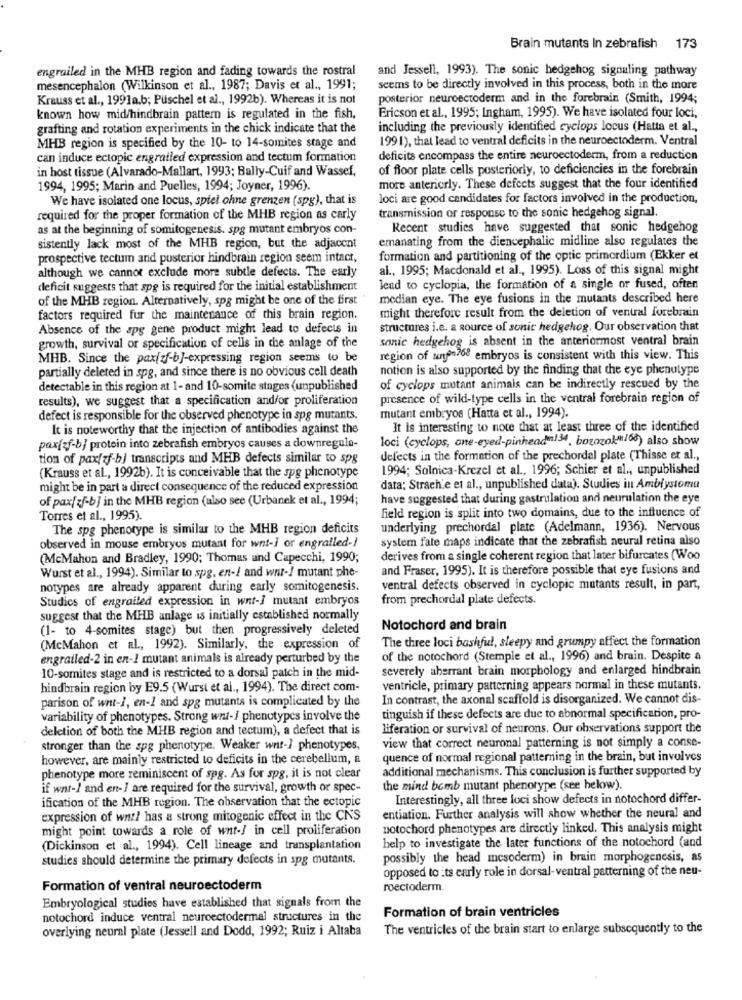
Brain mutants In zebrafish 173
engrailed in the MHB region and fading towards the rostral
and Jessell, 1993). The sonic hedgehog signaling pathway
mesencephalon (Wilkinson et al ., 1987; Davis et al ., 1991;
seems to be directly involved in this process, both in the more
Krauss et al ., 1991a.b; Puschel et al ., 1992b). Whereas it is not
posterior neuroectoderm and in the forebrain (Smith, 1994;
known how mid/hindbrain pattern is regulated in the fish,
Ericson et al ., 1995; Ingham, 1995). We have isolated four loci,
grafting and rotation experiments in the chick indicate that the
including the previously identified cyclops locus (Hatta et al .,
1991), that lead to ventral deficits in the neuroectoderm. Ventral
MHB region is specified by the 10- to 14-somites stage and
can induce ectopic engratled expression and tectum formation
deficits encompass the entire neuroectoderm, from a reduction
in host tissue (Alvarado-Mallart, 1993; Bally-Cuif and Wassef,
of floor plate cells posteriorly, to deficiencies in the forebrain
1994, 1995; Marin and Puelles, 1994; Joyner, 1996).
more anteriorly. These defects suggest that the four identified
We have isolated one locus, spiel ohne grenzen (spg), that is
loci are good candidates for factors involved in the production,
transmission or response to the sonic hedgehog signal.
required for the proper formation of the MHB region as carly
as at the beginning of somitogenesis. spg mutant embryos con-
Recent studies have suggested that sonic hedgehog
emanating from the diencephalic midline also regulates the
sistently lack most of the MHB region, but the adjacent
prospective tectum and posterior hindbrain region seem intact,
formation and partitioning of the optic primordium (Ekker et
although we cannot exclude more subtle defects. The early
al ., 1995; Macdonald et al ., 1995). Loss of this signal might
deficit suggests that spe is required for the initial establishment
lead to cyclopia, the formation of a single or fused, often
of the MHB region. Alternatively, spg might be one of the first
median eye. The eye fusions in the mutants described here
might therefore result from the deletion of ventral forebrain
factors required fur the maintenance of this brain region.
Absence of the apg gene product might lead to defects in
structures i.e. a source of sonic hedgehog. Our observation that
growth, survival or specification of cells in the anlage of the
sonic hedgehog is absent in the anteriormost ventral brain
MHB. Since the pax/f-b]-expressing region seems to be
region of tunyfn768 embryos is consistent with this view. This
partially deleted in spg, and since there is no obvious cell death
notion is also supported by the finding that the eye phenotype
detectable in this region at 1-and 10-somite stages (unpublished
of cyclops mutant animals can be indirectly rescued by the
results), we suggest that a specification and/or proliferation
presence of wild-type cells in the ventral forebrain region of
defect is responsible for the observed phenotype in spg mutants.
mutant embryos (Hatta et al ., 1994).
It is noteworthy that the injection of antibodies against the
It is interesting to note that at least three of the identified
loci (cyclops, one-eyed-pinheadm!"4, bozozok"/66) also show
pax(zf-b/ protein into zebrafish embryos causes a downregula-
tion of pax/zf-b) transcripts and MHB defects similar to spg
defects in the formation of the prechordal plate (Thisse et al .,
1994; Solnica-Krezel et al ., 1996; Schier et al ., unpublished
(Krauss et al ., 1992b). It is conceivable that the spg phenotype
might be in part a direct consequence of the reduced expression
data: Strach e et al ., unpublished data). Studies in Amblystoma
of pax[zf-b] in the MHB region (also see (Urbanek et al ., 1994;
have suggested that during gastrulation and neurulation the eye
Torres et al ., 1995).
field region is split into two domains, due to the influence of
The spg phenotype is similar to the MHB region deficits
underlying prechordal plate (Adelmann, 1936). Nervous
observed in mouse embryos mutant for wnt-I or engralled -!
system fate maps indicate that the zebrafish neural retina also
(McMahon and Bradley, 1990; Thomas and Capecchi, 1990;
derives from a single coherent region that later bifurcates (Woo
and Fraser, 1995). It is therefore possible that eye fusions and
Wurst et al ., 1994). Similar to spg. en -! and war -! mutant phe-
notypes are already apparent during early somitogenesis.
ventral defects observed in cyclopic mutants result, in part,
Studies of engrailed expression in wnt- mutant embryos
from prechordal plate defects.
suggest that the MHB anlage is initially established normally
(1- to 4-somites stage) but then progressively deleted
Notochord and brain
The three loci bashful, sleepy and grumpy affect the formation
(McMahon et al ., 1992). Similarly, the expression of
engrailed-2 in en -! mutant animals is already perturbed by the
of the notochord (Stemple et al ., 1996) and brain. Despite a
severely aberrant brain morphology and enlarged hindbrain
10-somites stage and is restricted to a dorsal patch in the mid-
hindbrain region by E9.5 (Wurst et al ., 1994). The direct com-
ventricle, primary patterning appears normal in these mutants.
parison of wnt-I, en-1 and spg mutants is complicated by the
In contrast, the axonal scaffold is disorganized. We cannot dis-
variability of phenotypes. Strong wn-/ phenotypes involve the
tinguish if these defects are due to abnormal specification, pro-
deletion of both the MHB region and tectum), a defect that is
liferation or survival of neurons. Our observations support the
view that correct neuronal patterning is not simply a conse-
stronger than the spg phenotype. Weaker wnt-] phenotypes,
however, are mainly restricted to deficits in the cerebellum, a
quence of normal regional patterning in the brain, but involves
additional mechanisms. This conclusion is further supported by
phenotype more reminiscent of spg. As for spg, it is not clear
if wnt-) and en-] are required for the survival, growth or spec-
the mind bomb mutant phenotype (see below).
ification of the MHB region. The observation that the ectopic
Interestingly, all three loci show defects in notochord differ-
expression of wnt! has a strong mitogenic effect in the CNS
entiation. Further analysis will show whether the neural and
might point towards a role of wnt-/ in cell proliferation
notochord phenotypes are directly linked. This analysis might
(Dickinson et al ., 1994). Cell lineage and transplantation
help to investigate the later functions of the notochord (and
studies should determine the primary defects in spg mutants.
possibly the head mesoderm) in brain morphogenesis, as
opposed to its early role in dorsal-ventral patterning of the neu-
Formation of ventral neuroectoderm
roectoderm.
Embryological studies have established that signals from the
notochord induce ventral neuroectodermal structures in the
Formation of brain ventricles
overlying neural plate (Jessell and Dodd, 1992; Ruiz i Altaba
The ventricles of the brain start to enlarge subsequently to the